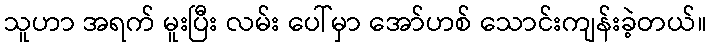
သူဟာ အရက် မူးပြီး လမ်း ပေါ်မှာ အော်ဟစ် သောင်းကျန်းခဲ့တယ်။